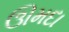
ઊમદા